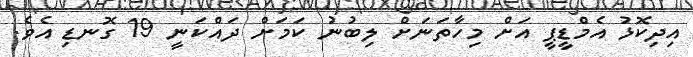
އިދިކޮޅު އެމްޑީޕީ އަށް މިހާތަނަށް ލިބުނު ކަމަށް ދައްކަނީ 19 ގޮނޑި އެވެ.